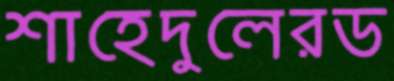
শাহেদুলেরড